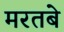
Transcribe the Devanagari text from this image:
मरतबे